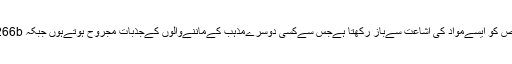
ڈنمارک کےفوجداری قوانین کا سیکشن 140کسی بھی شخص کو ایسےمواد کی اشاعت سےباز رکھتا ہےجس سےکسی دوسرےمذہب کےماننےوالوں کےجذبات مجروح ہوتےہوں جبکہ 266bایسےشخص یا افراد کےخلاف کارروائی پر بحث کرتا ہی۔